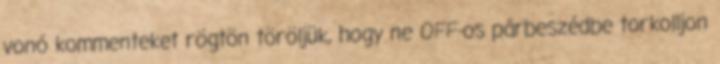
vonó kommenteket rögtön töröljük, hogy ne OFF-os párbeszédbe torkolljon